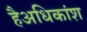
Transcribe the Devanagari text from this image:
हैअधिकांश